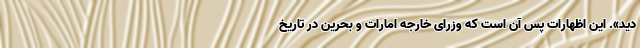
دید». این اظهارات پس آن است که وزرای خارجه امارات و بحرین در تاریخ